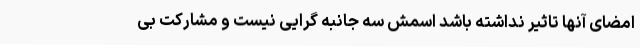
امضای آنها تاثیر نداشته باشد اسمش سه جانبه گرایی نیست و مشارکت بی